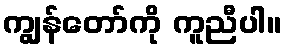
ကျွန်တော်ကို ကူညီပါ။